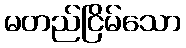
မတည်ငြိမ်သော